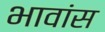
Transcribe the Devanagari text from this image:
भावांस